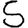
Digit: 5